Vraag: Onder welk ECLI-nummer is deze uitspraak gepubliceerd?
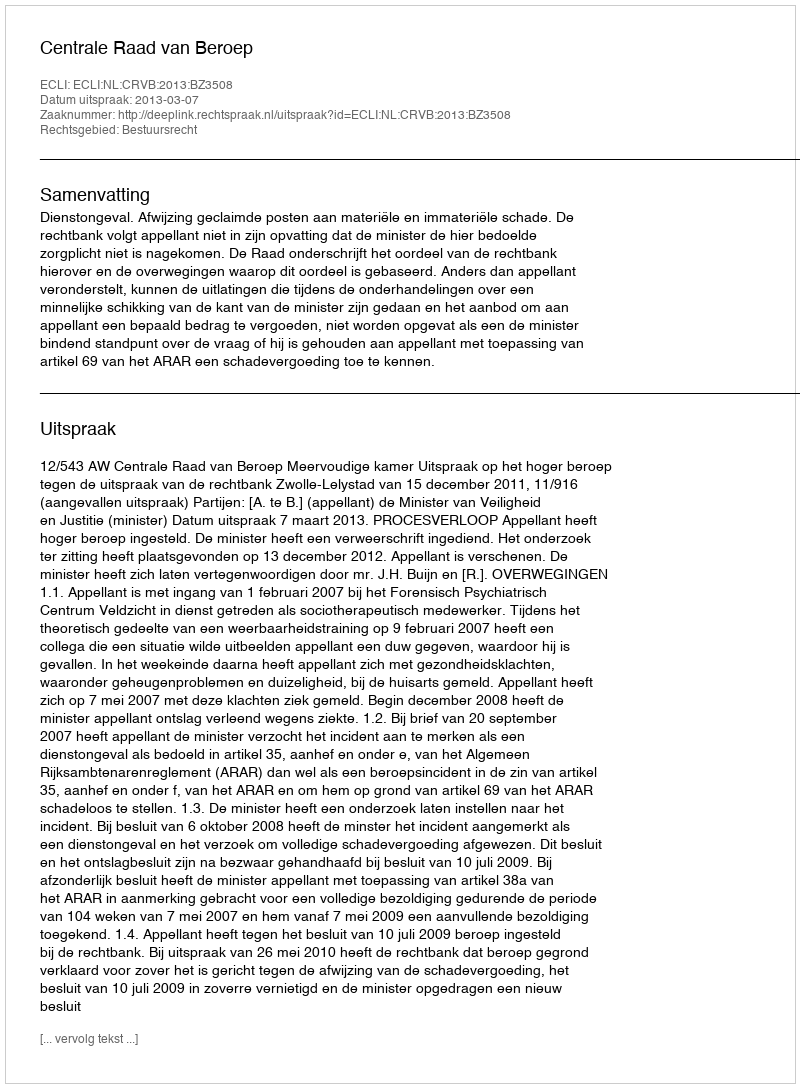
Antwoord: ECLI:NL:CRVB:2013:BZ3508